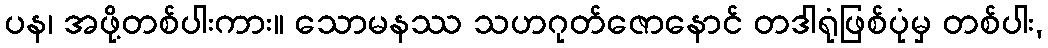
ပန၊ အဖို့တစ်ပါးကား။ သောမနဿ သဟဂုတ်ဇောနောင် တဒါရုံဖြစ်ပုံမှ တစ်ပါး,